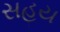
સહય